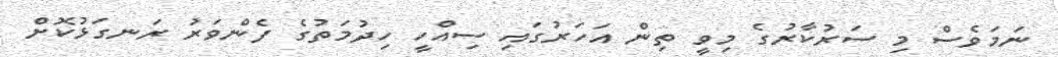
ނަމަވެސް މި ސަރުކާރުގެ މިވީ ތިން އަހަރުގައި ސިއްހީ ހިދުމަތުގެ ފެންވަރު ރަނގަޅުކޮށް